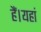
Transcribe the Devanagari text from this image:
हैं।यहां